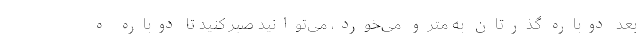
بعد دوباره گذرتان به مترو می‌خورد، می‌توانید صبر کنید تا دوباره ه